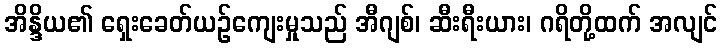
အိန္ဒိယ၏ ရှေးခေတ်ယဉ်ကျေးမှုသည် အီဂျစ်၊ ဆီးရီးယား၊ ဂရိတို့ထက် အလျင်